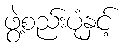
ဖွဲ့စည်းပုံနှင့်